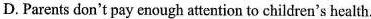
D.Parents don't pay enough attention to children's health.